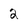
Character: 2